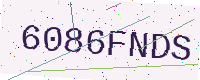
Text: 6086FNDS